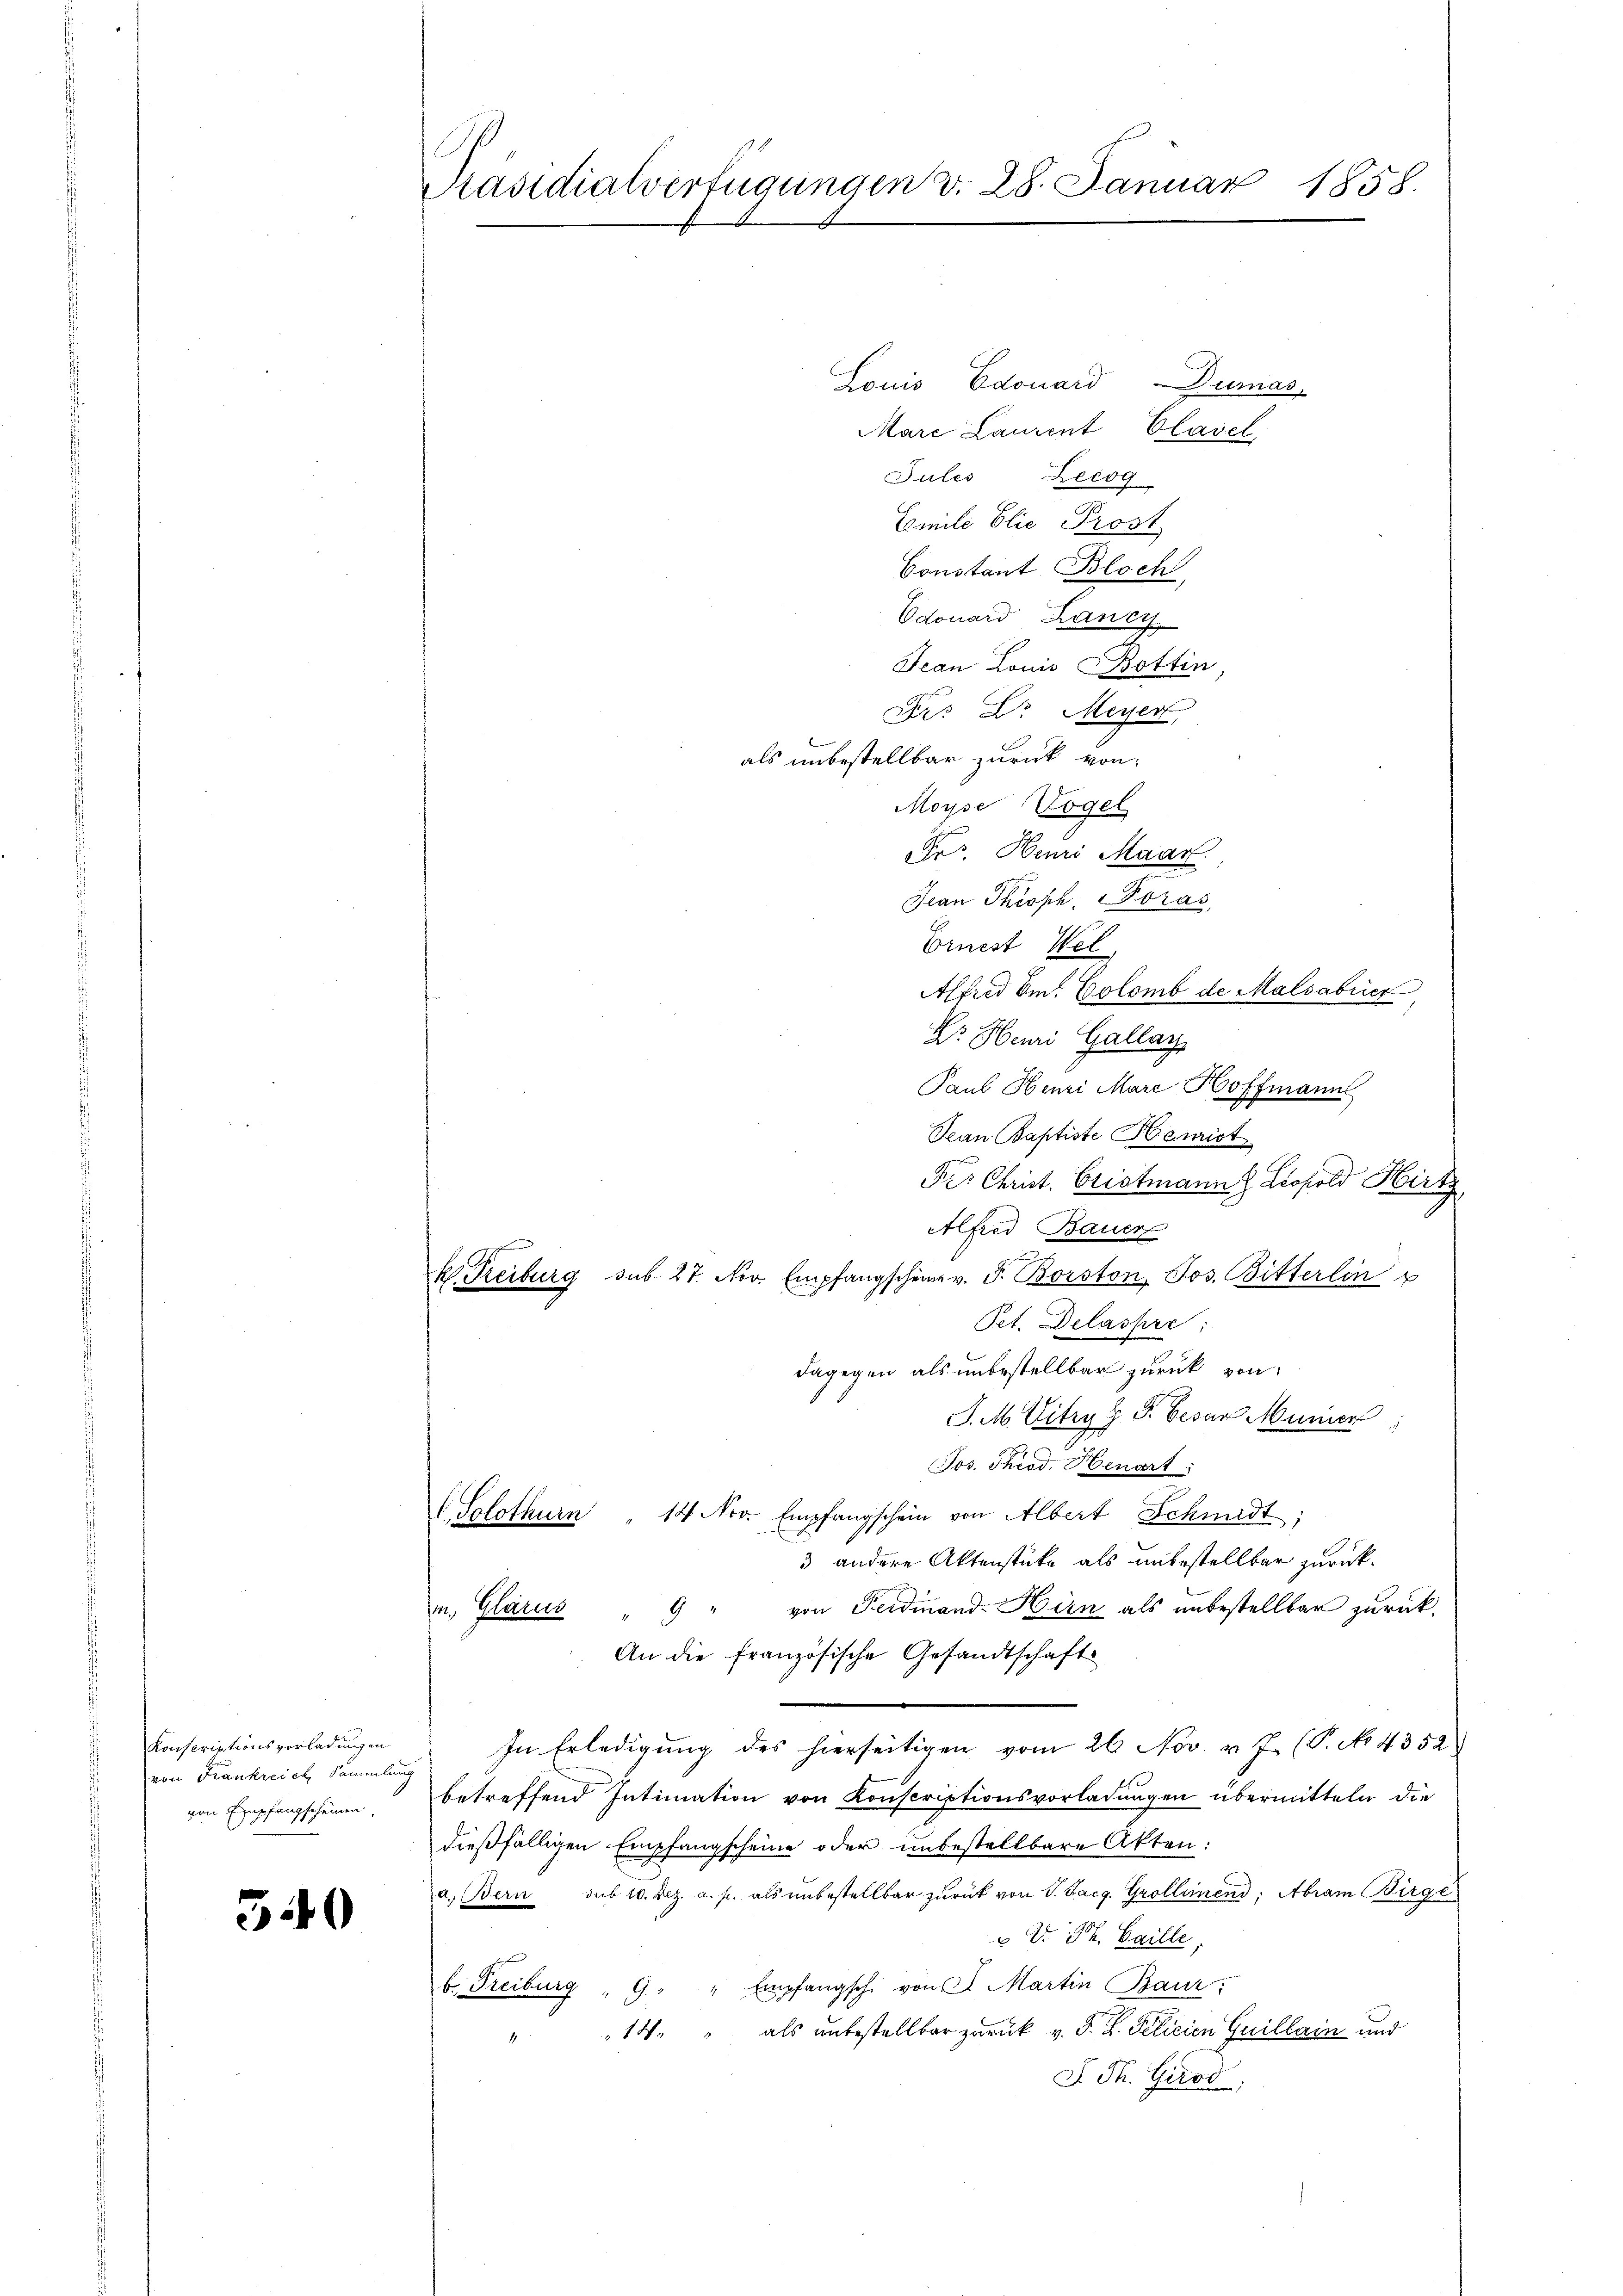
Konseriationsvorladungen
von Frankreich Sammlung
von Empfangscheinen

540

Präsidialverfügungen d. 28. Januar 1858.

Louis Edouard-Dumas
Mare Laurent Clavel
Jules Zecog
Emili blie Prost
Constant Bloch,
Odouard Lancy
Jean Louis Bottin
Dr. Dr. Meyer,
als unbestellbar zurück von
Moyse Vögel
Frs. Henri Maar.
Jean Throph. Poras,
Ernest Wel
Alfred Im Colomb de Malsabriez
Dr. Henri Gallay
Paul Henri Marc Hoffmann
Jean Baptiste Hemist
Frs Christ. Cristmann Leopold Hirtz
Alfred Bauer
k. Treiburg sub 27. Nov. Empfangschein v. J. Boston, Jos. Bitterlin
Pet. Delaspre
dagegen als unbestellbar zurück von
J. M. Vitry G. P. Cesar Munic
Jos. Theod. Henart
C. Solothurn " 14 Nov. Empfangschein von Albert Schmidt,
3 andere Aktenstücke als unbestellbar zurück¬
u. Glarus " 9 " von Ferdinand-Hirn als unbestellbar zurück.
An die französische Gesandtschaft
In Erledigung des hierseitigen vom 26 Nov. v. J. (T. No. 4352
betreffend Intimation von Konscriptionsvorladungen übermitteln die
dießfälligen Empfangscheine oder unbestellbare Akten:
a. Bern sub 10. Dez. a. p. als unbestellbar zurück von V. Jac. Grollemend: Abram Birge
 V. Ph. Caille
b. Freiburg . 9 " " Empfangsche von St. Martin Baur:
14. " als unbestellbar zurück v. J. H. Pelicien Guillain und
S Th. Girod,